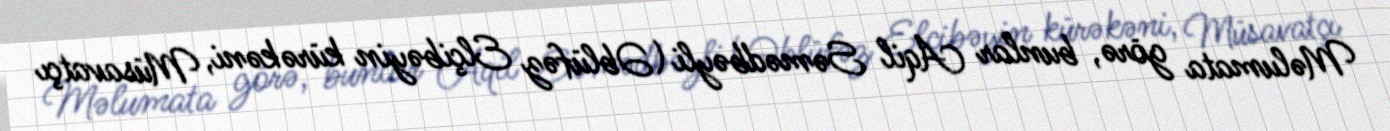
Məlumata görə, bunlar Aqil Səmədbəyli (Əblüfəz Elçibəyin kürəkəni, Müsavatçı